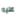
عليه